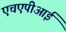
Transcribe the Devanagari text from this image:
एचएपीआई